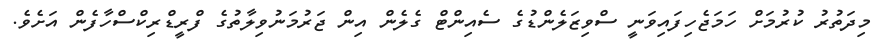
މިދަތުރު ކުރުމަށް ހަމަޖެހިފައިވަނީ ސްވިޒަލެންޑުގެ ސެއިންޓް ގެލެން އިން ޖަރުމަނުވިލާތުގެ ފްރީޑްރިކްސްހާފެން އަށެވެ.